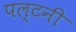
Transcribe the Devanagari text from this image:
पल्टनी